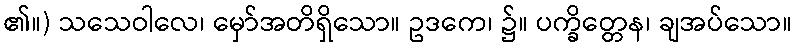
၏။) သသေဝါလေ၊ မှော်အတိရှိသော။ ဥဒကေ၊ ၌။ ပက္ခိတ္တေန၊ ချအပ်သော။